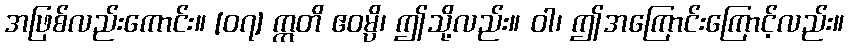
အဖြစ်လည်းကောင်း။ [၀၇] ဣတိ ဧဝမ္ပိ၊ ဤသို့လည်း။ ဝါ၊ ဤအကြောင်းကြောင့်လည်း။